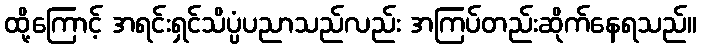
ထို့ကြောင့် အရင်းရှင်သိပ္ပံပညာသည်လည်း အကြပ်တည်းဆိုက်နေရသည်။